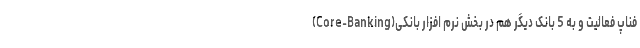
فناپ فعالیت و به 5 بانک دیگر هم در بخش نرم افزار بانکی(Core-Banking)